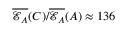
\overline { { \mathcal { E } _ { A } } } ( C ) / \overline { { \mathcal { E } _ { A } } } ( A ) \approx 1 3 6